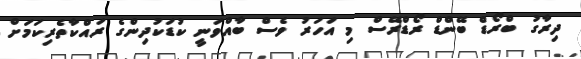
ދިރާގު ބްރޯޑް ބޭންޑް ރޯޑްރޭސް މި އަހަރު ވެސް ބާއްވަނީ ކުޑަކުދިންގެ ރައްކާތެރިކަމަށް